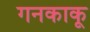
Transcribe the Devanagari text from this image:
गनकाकू